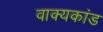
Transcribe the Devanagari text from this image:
वाक्यकांड